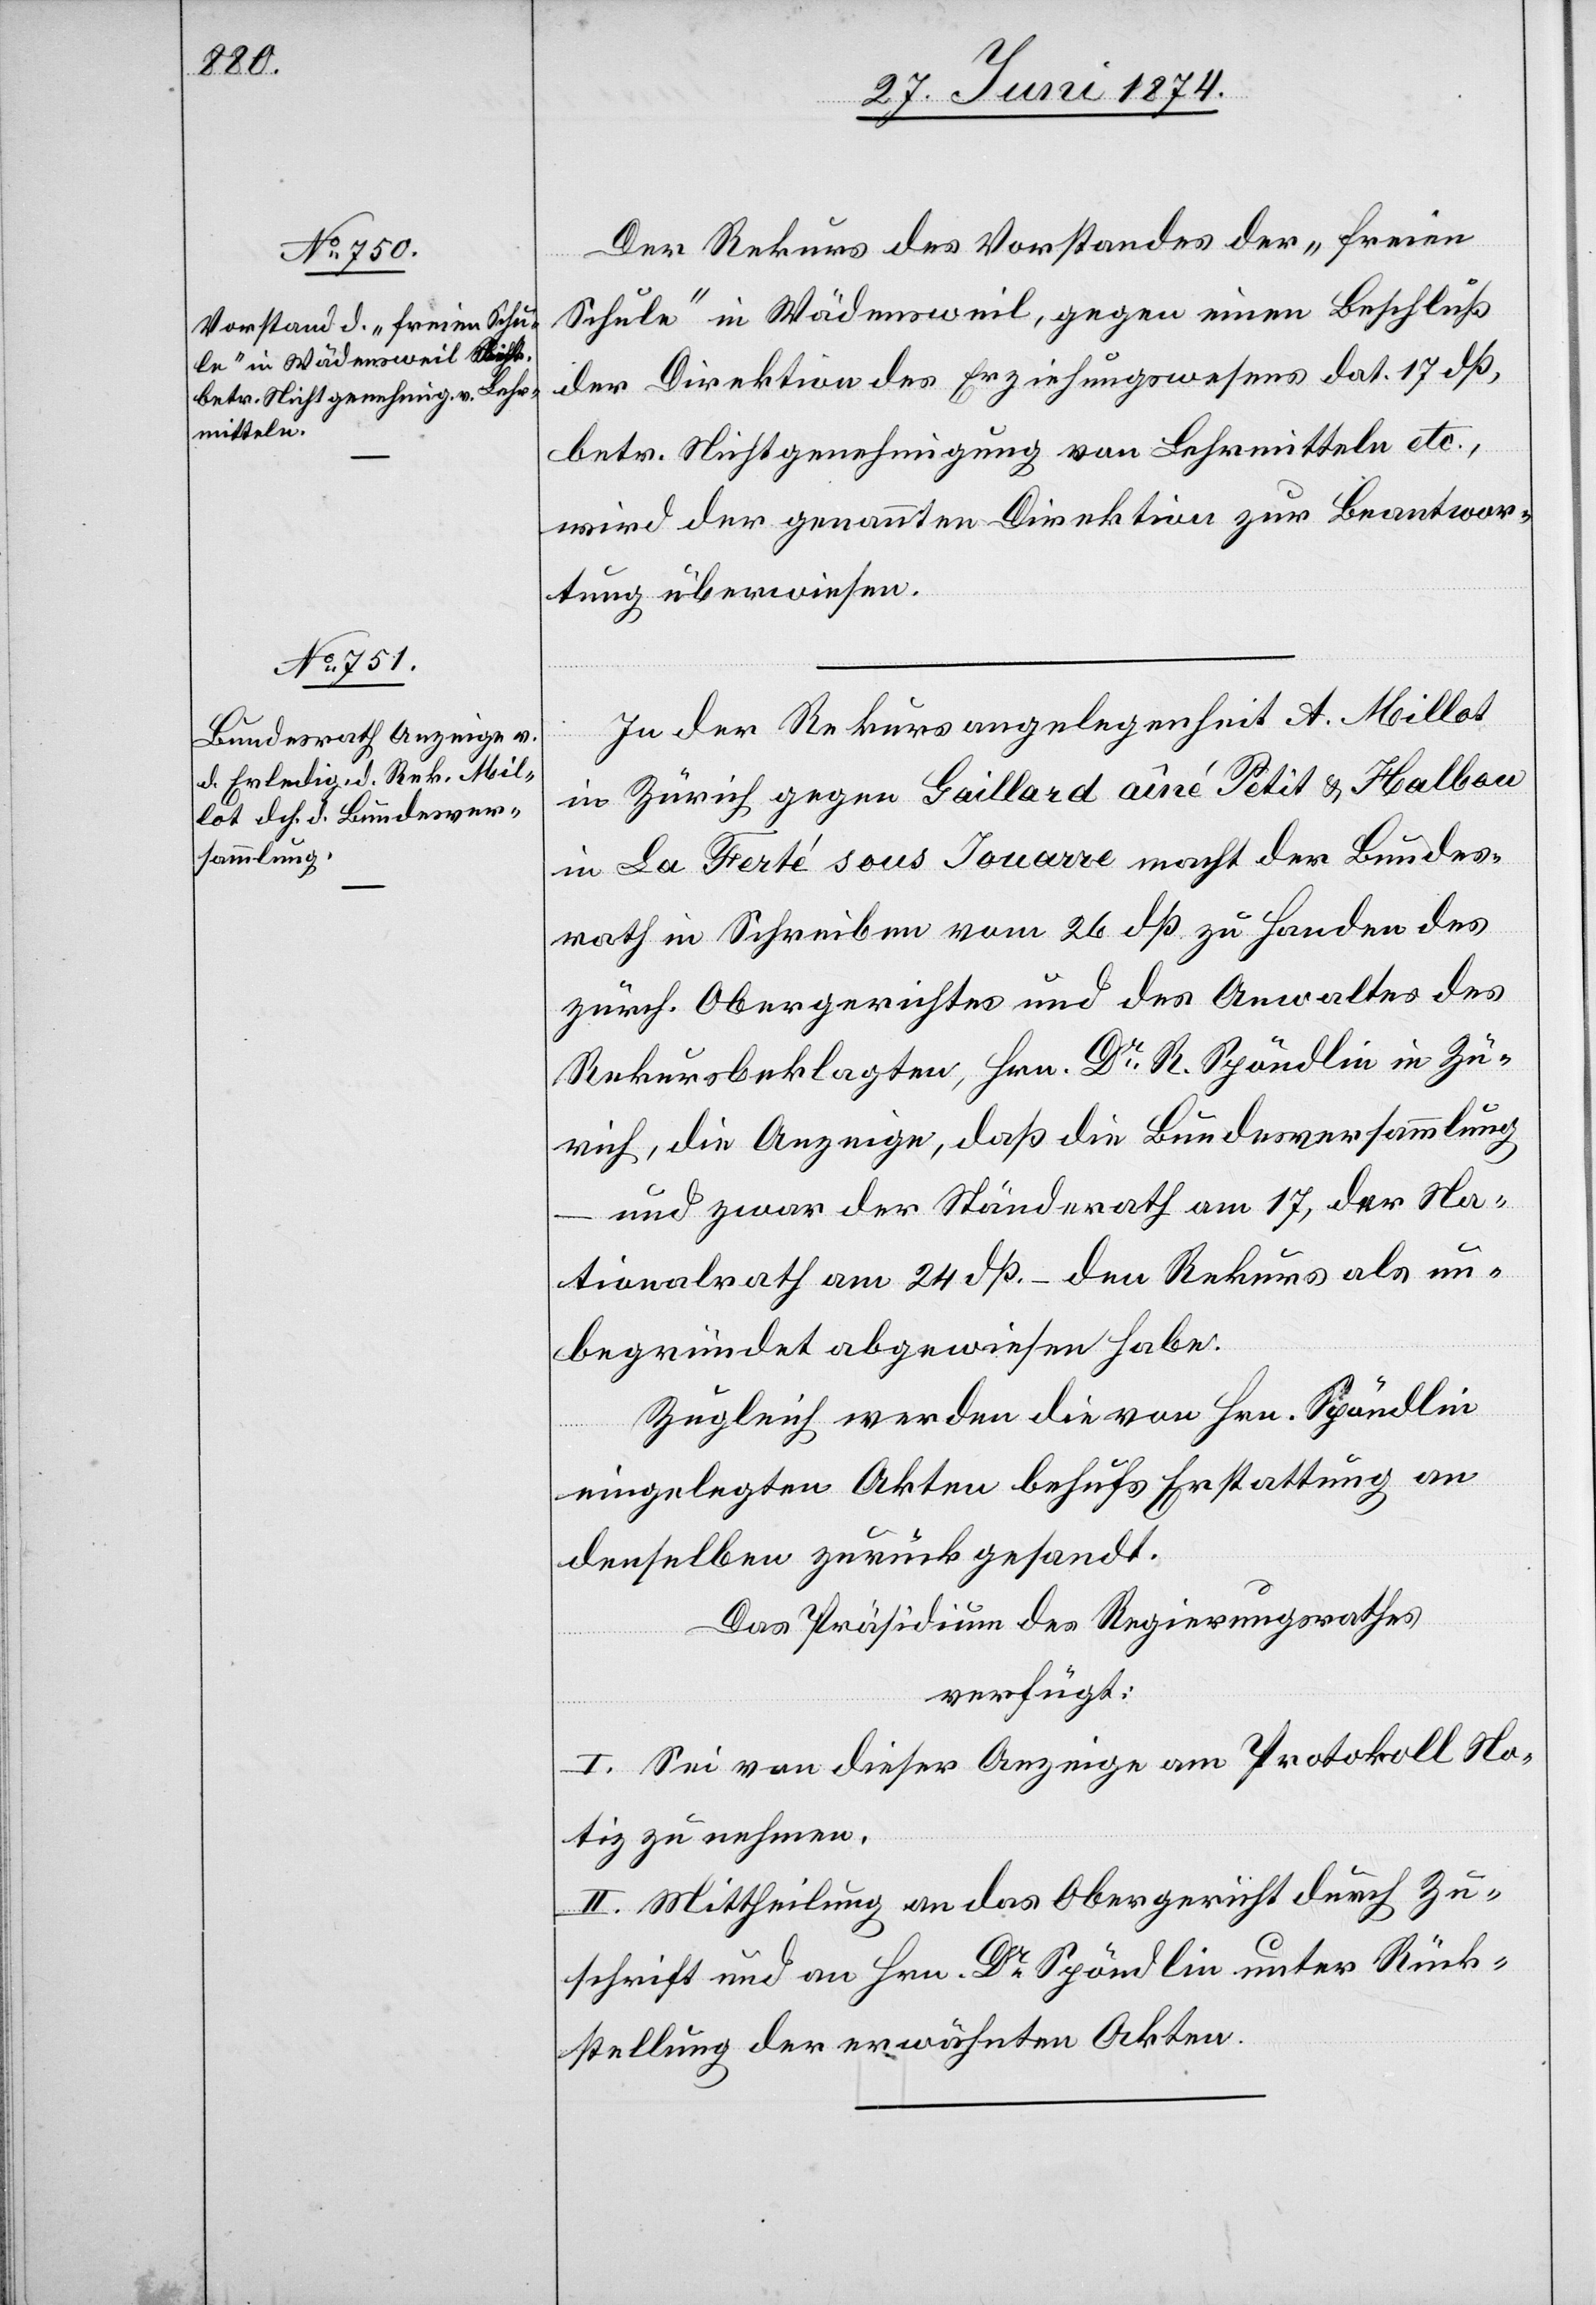
1874.]

Der Rekurs des Vorstandes der „freien
Schule“ in Wädensweil, gegen einen Beschluß
der Direktion des Erziehungswesens dat. 17. dß.,
betr. Nichtgenehmigung von Lehrmitteln etc.,
wird der genannten Direktion zur Beantwor¬
tung überwiesen.
In der Rekursangelegenheit A. Millot
in Zürich gegen Gaillard aîné Petit u. Halbou
in La Ferté sous Jouarre macht der Bundes¬
rath im Schreiben vom 26. dß. zu Handen des
zürch. Obergerichts und des Anwaltes des
Rekursbeklagten, Hrn. Dr R. Spöndlin in Zü¬
rich, die Anzeige, daß die Bundesversammlung
und zwar der Ständerath am 17, der Na¬
tionalrath am 2. dß. – den Rekurs als un¬
begründet abgewiesen habe.
Zugleich werden die von Hrn. Spöndlin
eingelegten Akten behufs Erstattung an
denselben zurückgesandt.
Das Präsidium des Regierungsrathes
verfügt:
I. Sei von dieser Anzeige am Protokoll No¬
tiz zu nehmen.
II. Mittheilung an das Obergericht durch Zu¬
schrift und an Hrn. Dr Spöndlin unter Rück¬
stellung der erwähnten Akten.